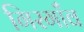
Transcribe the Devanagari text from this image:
गिरगाँव